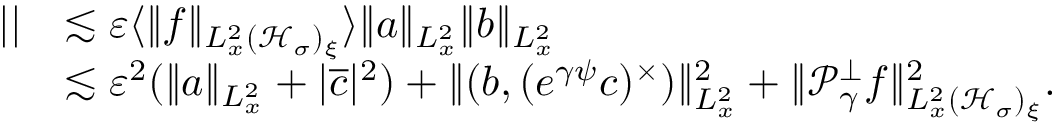
\begin{array} { r l } { | | } & { \lesssim \varepsilon \langle \| f \| _ { L _ { x } ^ { 2 } ( \mathcal H _ { \sigma } ) _ { \xi } } \rangle \| a \| _ { L _ { x } ^ { 2 } } \| b \| _ { L _ { x } ^ { 2 } } } \\ & { \lesssim \varepsilon ^ { 2 } ( \| a \| _ { L _ { x } ^ { 2 } } + | \overline { c } | ^ { 2 } ) + \| ( b , ( e ^ { \gamma \psi } c ) ^ { \times } ) \| _ { L _ { x } ^ { 2 } } ^ { 2 } + \| \mathcal P _ { \gamma } ^ { \perp } f \| _ { L _ { x } ^ { 2 } ( \mathcal H _ { \sigma } ) _ { \xi } } ^ { 2 } . } \end{array}